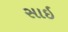
સાઇ